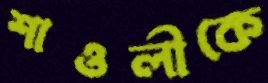
শাওলীকে